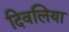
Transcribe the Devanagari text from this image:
दिवलिया